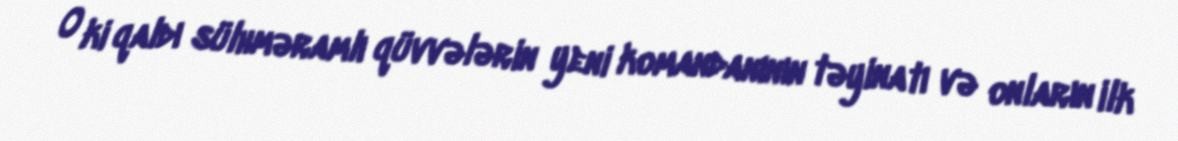
O ki qaldı sülhməramlı qüvvələrin yeni komandanının təyinatı və onların ilk